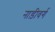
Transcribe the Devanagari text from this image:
नाड़ीवर्ग